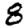
Digit: 8